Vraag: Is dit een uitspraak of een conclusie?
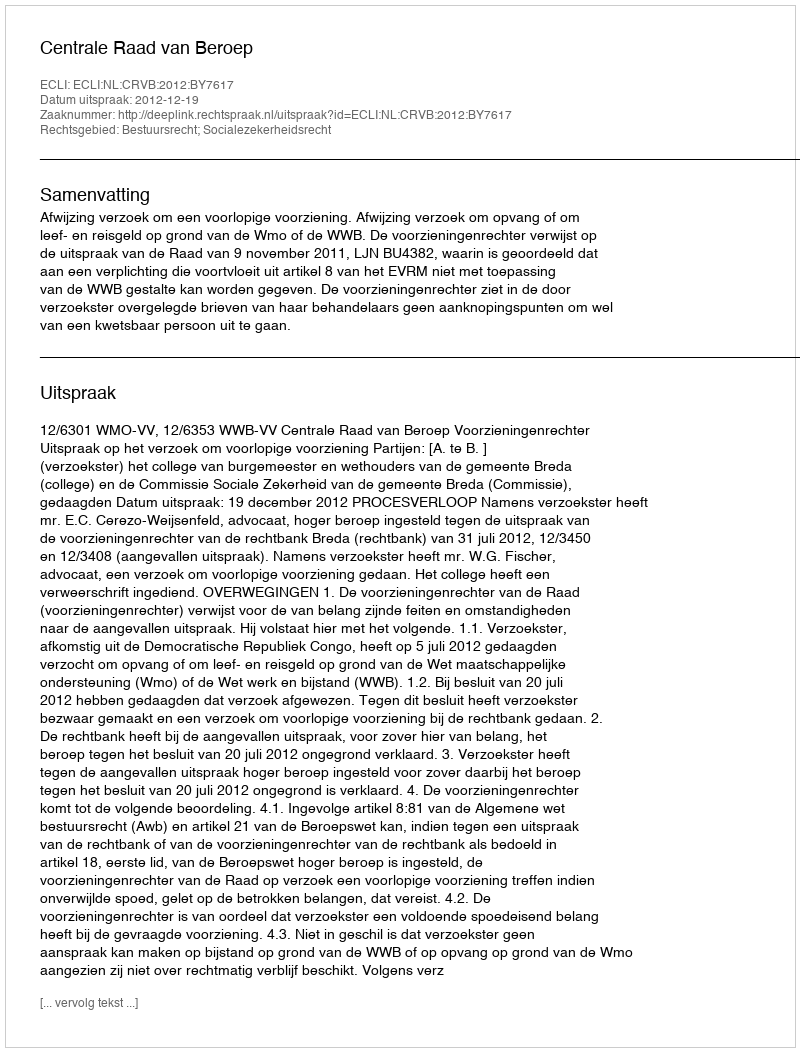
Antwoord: Uitspraak